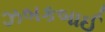
ઝબકબાઈ